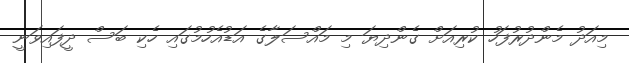
މިއަދު މެންދުރުފަހު ކުރިއަށް ގެންދިޔަ މި މައްސަލާގެ އަޑުއެހުމުގައި ހެކި ބަސް ދީފައިވަނީ